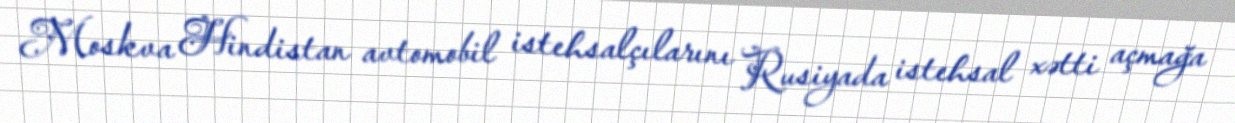
Moskva Hindistan avtomobil istehsalçılarını Rusiyada istehsal xətti açmağa